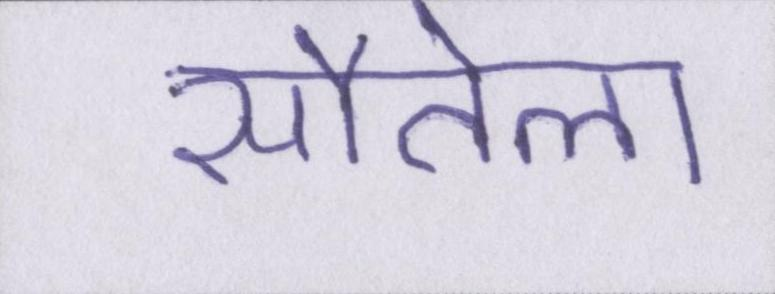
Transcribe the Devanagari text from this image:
सौतेला